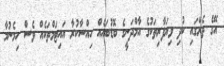
އޭގެ ތެރޭގައި ކުދި ވިޔަފާރިތަކުގެ އާމްދަނީގެ ބޮޑުބައެއް ހިއްސާކުރާ އައިޓަމްތަކެއް ވެސް ހިމެނުމާ